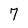
Character: 7